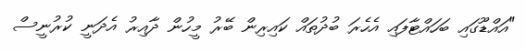
"އައްޑޫގައި ބަހައްޓާފައި އެހެރަ ބުދުތައް ކައިރިން ބޭރު މީހުން ދާއިރު އެދަނީ ކުރުނީސް